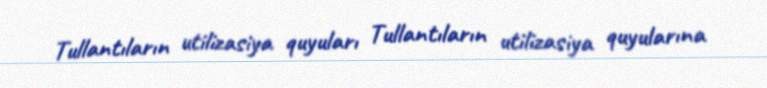
Tullantıların utilizasiya quyuları Tullantıların utilizasiya quyularına